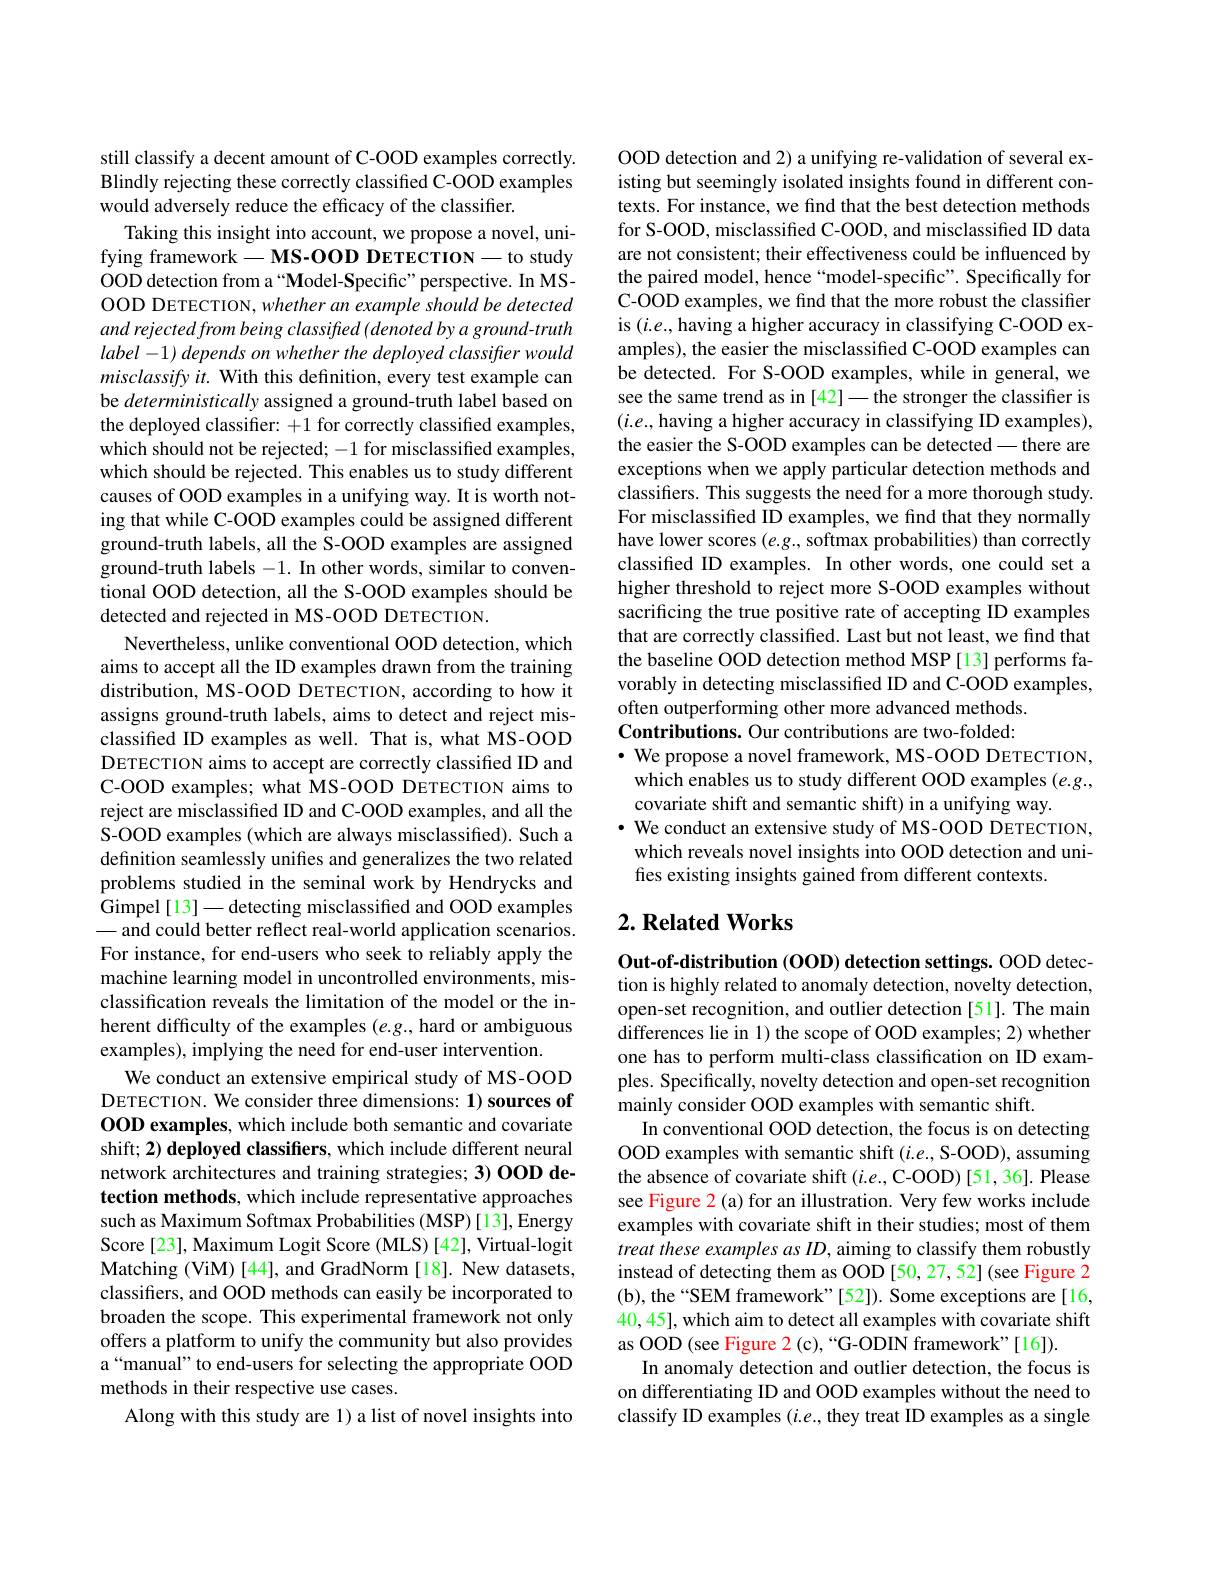
still classify a decent amount of C-OOD examples correctly. Blindly rejecting these correctly classified C-OOD examples would adversely reduce the efficacy of the classifier.
Taking this insight into account, we propose a novel, unifying framework$- \textbf{MS- OOD DETECTION- to study}$ OOD detection from a“Model-Specific”perspective. In MSOOD DETECTION, whether an example should be detected and rejected from being classified (denoted by a ground-truth $label- 1) \textit{depends on whether the deployed classifier would}$ $misclassifyit.$ With this definition, every test example can be deterministically assigned a ground-truth label based on the deployed classifier: +1 for correctly classified examples, which should not be rejected; -1 for misclassified examples, which should be rejected. This enables us to study different causes of OOD examples in a unifying way. It is worth noting that while C-OOD examples could be assigned different ground-truth labels, all the S-OOD examples are assigned ground-truth labels $- 1. \textbf{In other words, similar to conven- }$ tional OOD detection, all the S-OOD examples should be detected and rejected in MS-OOD DETECTION.
Nevertheless, unlike conventional OOD detection, which aims to accept all the ID examples drawn from the training distribution, MS-OOD DETECTION, according to how it assigns ground-truth labels, aims to detect and reject misclassifed ID examples as well. That is, what MS-OOD DETECTION aims to accept are correctly classified ID and C-OOD examples; what MS-OOD DETECTION aims to reject are misclassified ID and C-OOD examples, and all the S-OOD examples (which are always misclassified). Such a definition seamlessly unifes and generalizes the two related problems studied in the seminal work by Hendrycks and Gimpel [13]— detecting misclassified and OOD examples - and could better reflect real-world application scenarios. For instance, for end-users who seek to reliably apply the machine learning model in uncontrolled environments, misclassification reveals the limitation of the model or the inherent difficulty of the examples (e.g., hard or ambiguous examples), implying the need for end-user intervention.
We conduct an extensive empirical study of MS-OOD DETECTION. We consider three dimensions: 1) sources of OOD examples, which include both semantic and covariate shift; 2) deployed classifiers, which include different neural network architectures and training strategies; 3) OOD detection methods, which include representative approaches such as Maximum Softmax Probabilities (MSP)[13], Energy Score [23], Maximum Logit Score (MLS) [42], Virtual-logit Matching (ViM) [44], and GradNorm [18]. New datasets, classifiers, and OOD methods can easily be incorporated to broaden the scope. This experimental framework not only offers a platform to unify the community but also provides a“manual” to end-users for selecting the appropriate OOD methods in their respective use cases.
Along with this study are 1) a list of novel insights into

OOD detection and 2) a unifying re-validation of several existing but seemingly isolated insights found in different contexts. For instance, we find that the best detection methods for S-OOD, misclassified C-OOD, and misclassified ID data are not consistent; their effectiveness could be influenced by the paired model, hence“model-specific”. Specifically for C-OOD examples, we find that the more robust the classifier is $(i.e.$,having a higher accuracy in classifying C-OOD examples), the easier the misclassified C-OOD examples can be detected. For S-OOD examples, while in general, we see the same trend as in [42]—the stronger the classifier is $(i.e.$,having a higher accuracy in classifying ID examples), the easier the S-OOD examples can be detected— there are exceptions when we apply particular detection methods and classifiers. This suggests the need for a more thorough study. For misclassified ID examples, we find that they normally have lower scores $(e.g.$, softmax probabilities) than correctly classifed ID examples. In other words, one could set a higher threshold to reject more S-OOD examples without sacrificing the true positive rate of accepting ID examples that are correctly classified. Last but not least, we find that the baseline OOD detection method MSP [13] performs favorably in detecting misclassified ID and C-OOD examples, often outperforming other more advanced methods. Contributions. Our contributions are two-folded: $\cdot$ We propose a novel framework, MS-OOD DETECTION, which enables us to study different OOD examples (e.g., covariate shift and semantic shift) in a unifying way.
$\cdot$ We conduct an extensive study of MS-OOD DETECTION, which reveals novel insights into OOD detection and unifies existing insights gained from different contexts.

## $2. \textbf{Related Works}$

Out-of-distribution (OOD) detection settings. OOD detection is highly related to anomaly detection, novelty detection, open-set recognition, and outlier detection [51]. The main differences lie in 1) the scope of OOD examples; 2) whether one has to perform multi-class classification on ID examples. Specifically, novelty detection and open-set recognition mainly consider OOD examples with semantic shift.
In conventional OOD detection, the focus is on detecting OOD examples with semantic shift $(i.e.$, S-OOD), assuming the absence of covariate shift (i.e., C-OOD) [51, 36]. Please see Figure 2 (a) for an illustration. Very few works include examples with covariate shift in their studies; most of them treat these examples as ID, aiming to classify them robustly instead of detecting them as OOD [50,27,52] (see Figure 2 (b), the “SEM framework”[52]). Some exceptions are[16, 40,45], which aim to detect all examples with covariate shift as OOD (see Figure 2 (c),“G-ODIN framework"[16]).
In anomaly detection and outlier detection, the focus is on differentiating ID and OOD examples without the need to classify ID examples $(i.e.$,they treat ID examples as a single